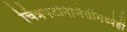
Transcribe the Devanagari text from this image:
चित्रपटनिर्मितीमध्येही